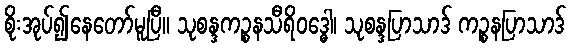
စိုးအုပ်၍နေတော်မူပြီ။ သုစန္ဒကဉ္စနသီရိဝဒ္ဓေါ၊ သုစန္ဒပြာသာဒ် ကဉ္စနပြာသာဒ်